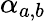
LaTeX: \alpha_{a,b}